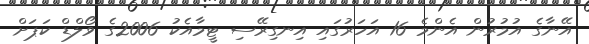
އޭނާގެ އުމުރުން އެންމެ 16 އަހަރުގައި އިނގިރޭސި ޓީމާއެކު 2006ގެ ވޯލްޑް ކަޕަށް